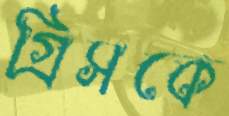
গ্রিসকে